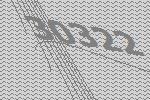
30322